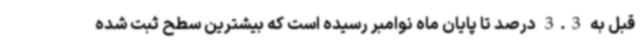
قبل به 3.3 درصد تا پایان ماه نوامبر رسیده است که بیشترین سطح ثبت شده